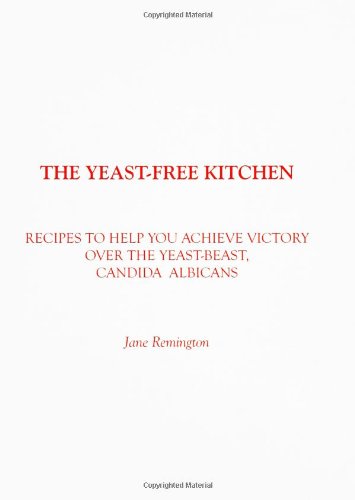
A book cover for The Yeast-Free Kitchen: Recipes to Help You Achieve Victory over the Yeast-Beast, Candida Albicans; Jane Remington; Health, Fitness & Dieting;